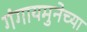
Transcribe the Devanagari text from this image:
गंगायमुनेच्या